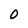
Character: 0